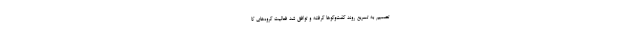
تصمیم به تسریع روند گفت‌وگوها گرفته و توافق شد فعالیت گروه‌های کا